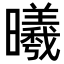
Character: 曦